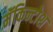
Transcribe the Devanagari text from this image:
मॅकिन्टोश